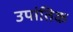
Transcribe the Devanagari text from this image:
उपांतिक